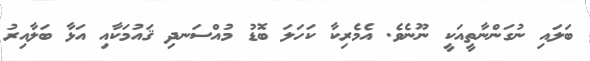
ބަލައި ނުގަންނާތީއަކީ ނޫނެވެ. އެމެރިކާ ކަހަލަ ބޮޑު މުއްސަނދި ޤައުމަކާއި އަޅާ ބަލާއިރު